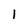
Character: 1